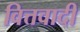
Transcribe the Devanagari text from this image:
वित्तवादी